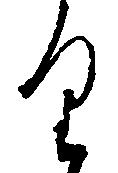
り